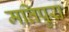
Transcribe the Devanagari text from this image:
मतिपुरा